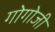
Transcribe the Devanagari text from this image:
गोगोजी